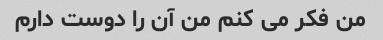
من فکر می کنم من آن را دوست دارم